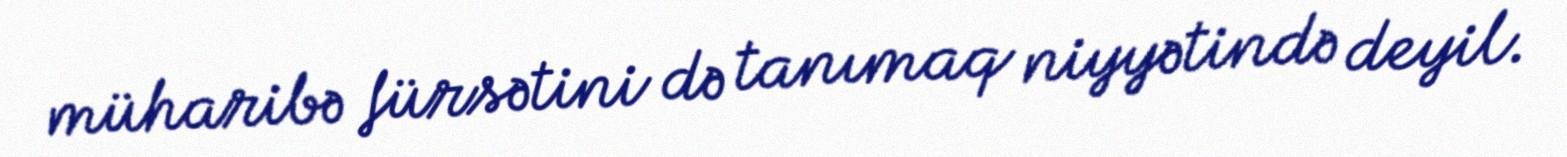
müharibə fürsətini də tanımaq niyyətində deyil.